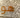
هو